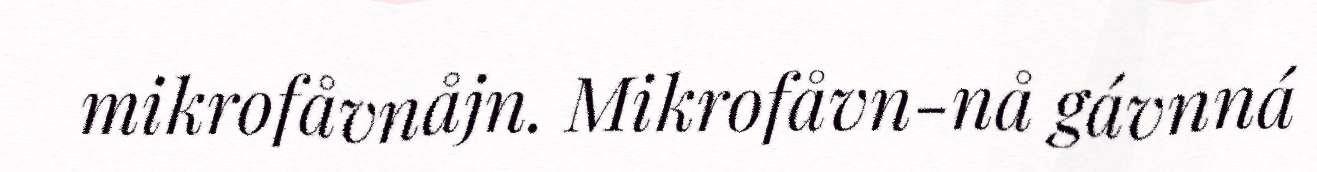
mikrofåvnåjn. Mikrofåvn-nå gávnná